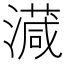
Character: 𣿎